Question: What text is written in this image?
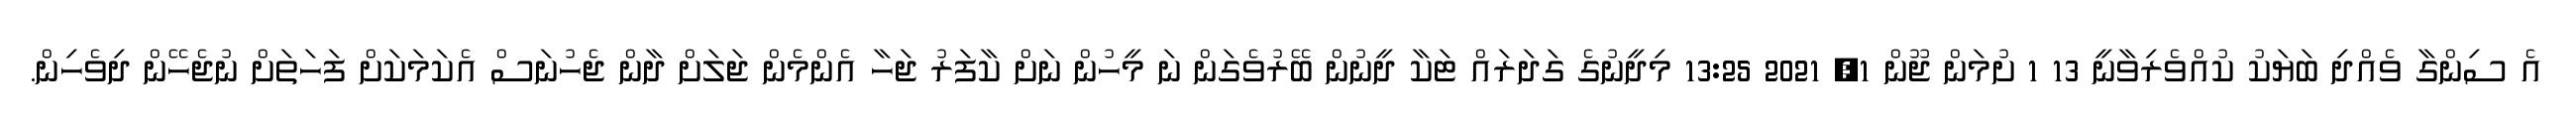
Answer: އެ ސިންގާ ވެއްދި ބަޔަކު ކުއްވެރިވާނީ 13 1 ށުމަން ޖޫން 1, 2021 13:25 މިދީނުގެ ގަދަރައް ޓަކާ ދީނުން ބޭރުވެގަން ނަ މީހުން ނަށް ކާފަރު ޖަހާ އެންމެން ޖަލަށް ދާން ޖެހުނަސް އެކަމަކަށް ފަހަތަށް ނުޖެހޭން ދިވެހިން.